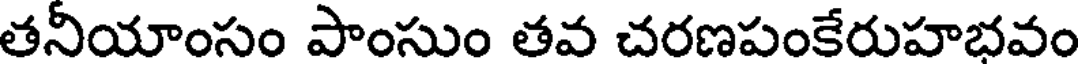
తనీయాంసం పాంసుం తవ చరణపంకేరుహభవం